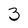
Character: 3